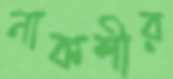
নাকশীর